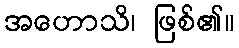
အဟောသိ၊ ဖြစ်၏။